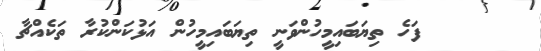
١٦٢     ފަހެ ތިޔަބައިމީހުންވަނީ ތިޔަބައިމީހުން އަޅުކަންކުރާ ތަކެއްޗާ